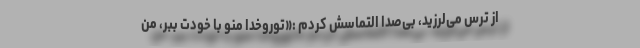
از ترس می‌لرزید، بی‌صدا التماسش کردم :«توروخدا منو با خودت ببر، من